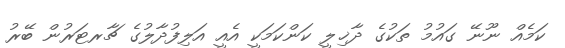
ކަމެއް ނޫނޭ ގައުމު ތަކުގެ ދާޚިލީ ކަންކަމަކީ އެއީ އަލިފުދާލުގެ ޗާރޓަރުން ބޭރު